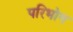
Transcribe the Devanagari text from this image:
परिभोग